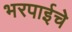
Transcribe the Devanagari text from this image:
भरपाईचे